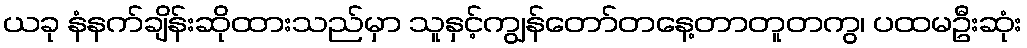
ယခု နံနက်ချိန်းဆိုထားသည်မှာ သူနှင့်ကျွန်တော်တနေ့တာတူတကွ၊ ပထမဦးဆုံး